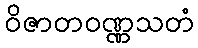
ဝိဇာတဝဏ္ဏသတံ